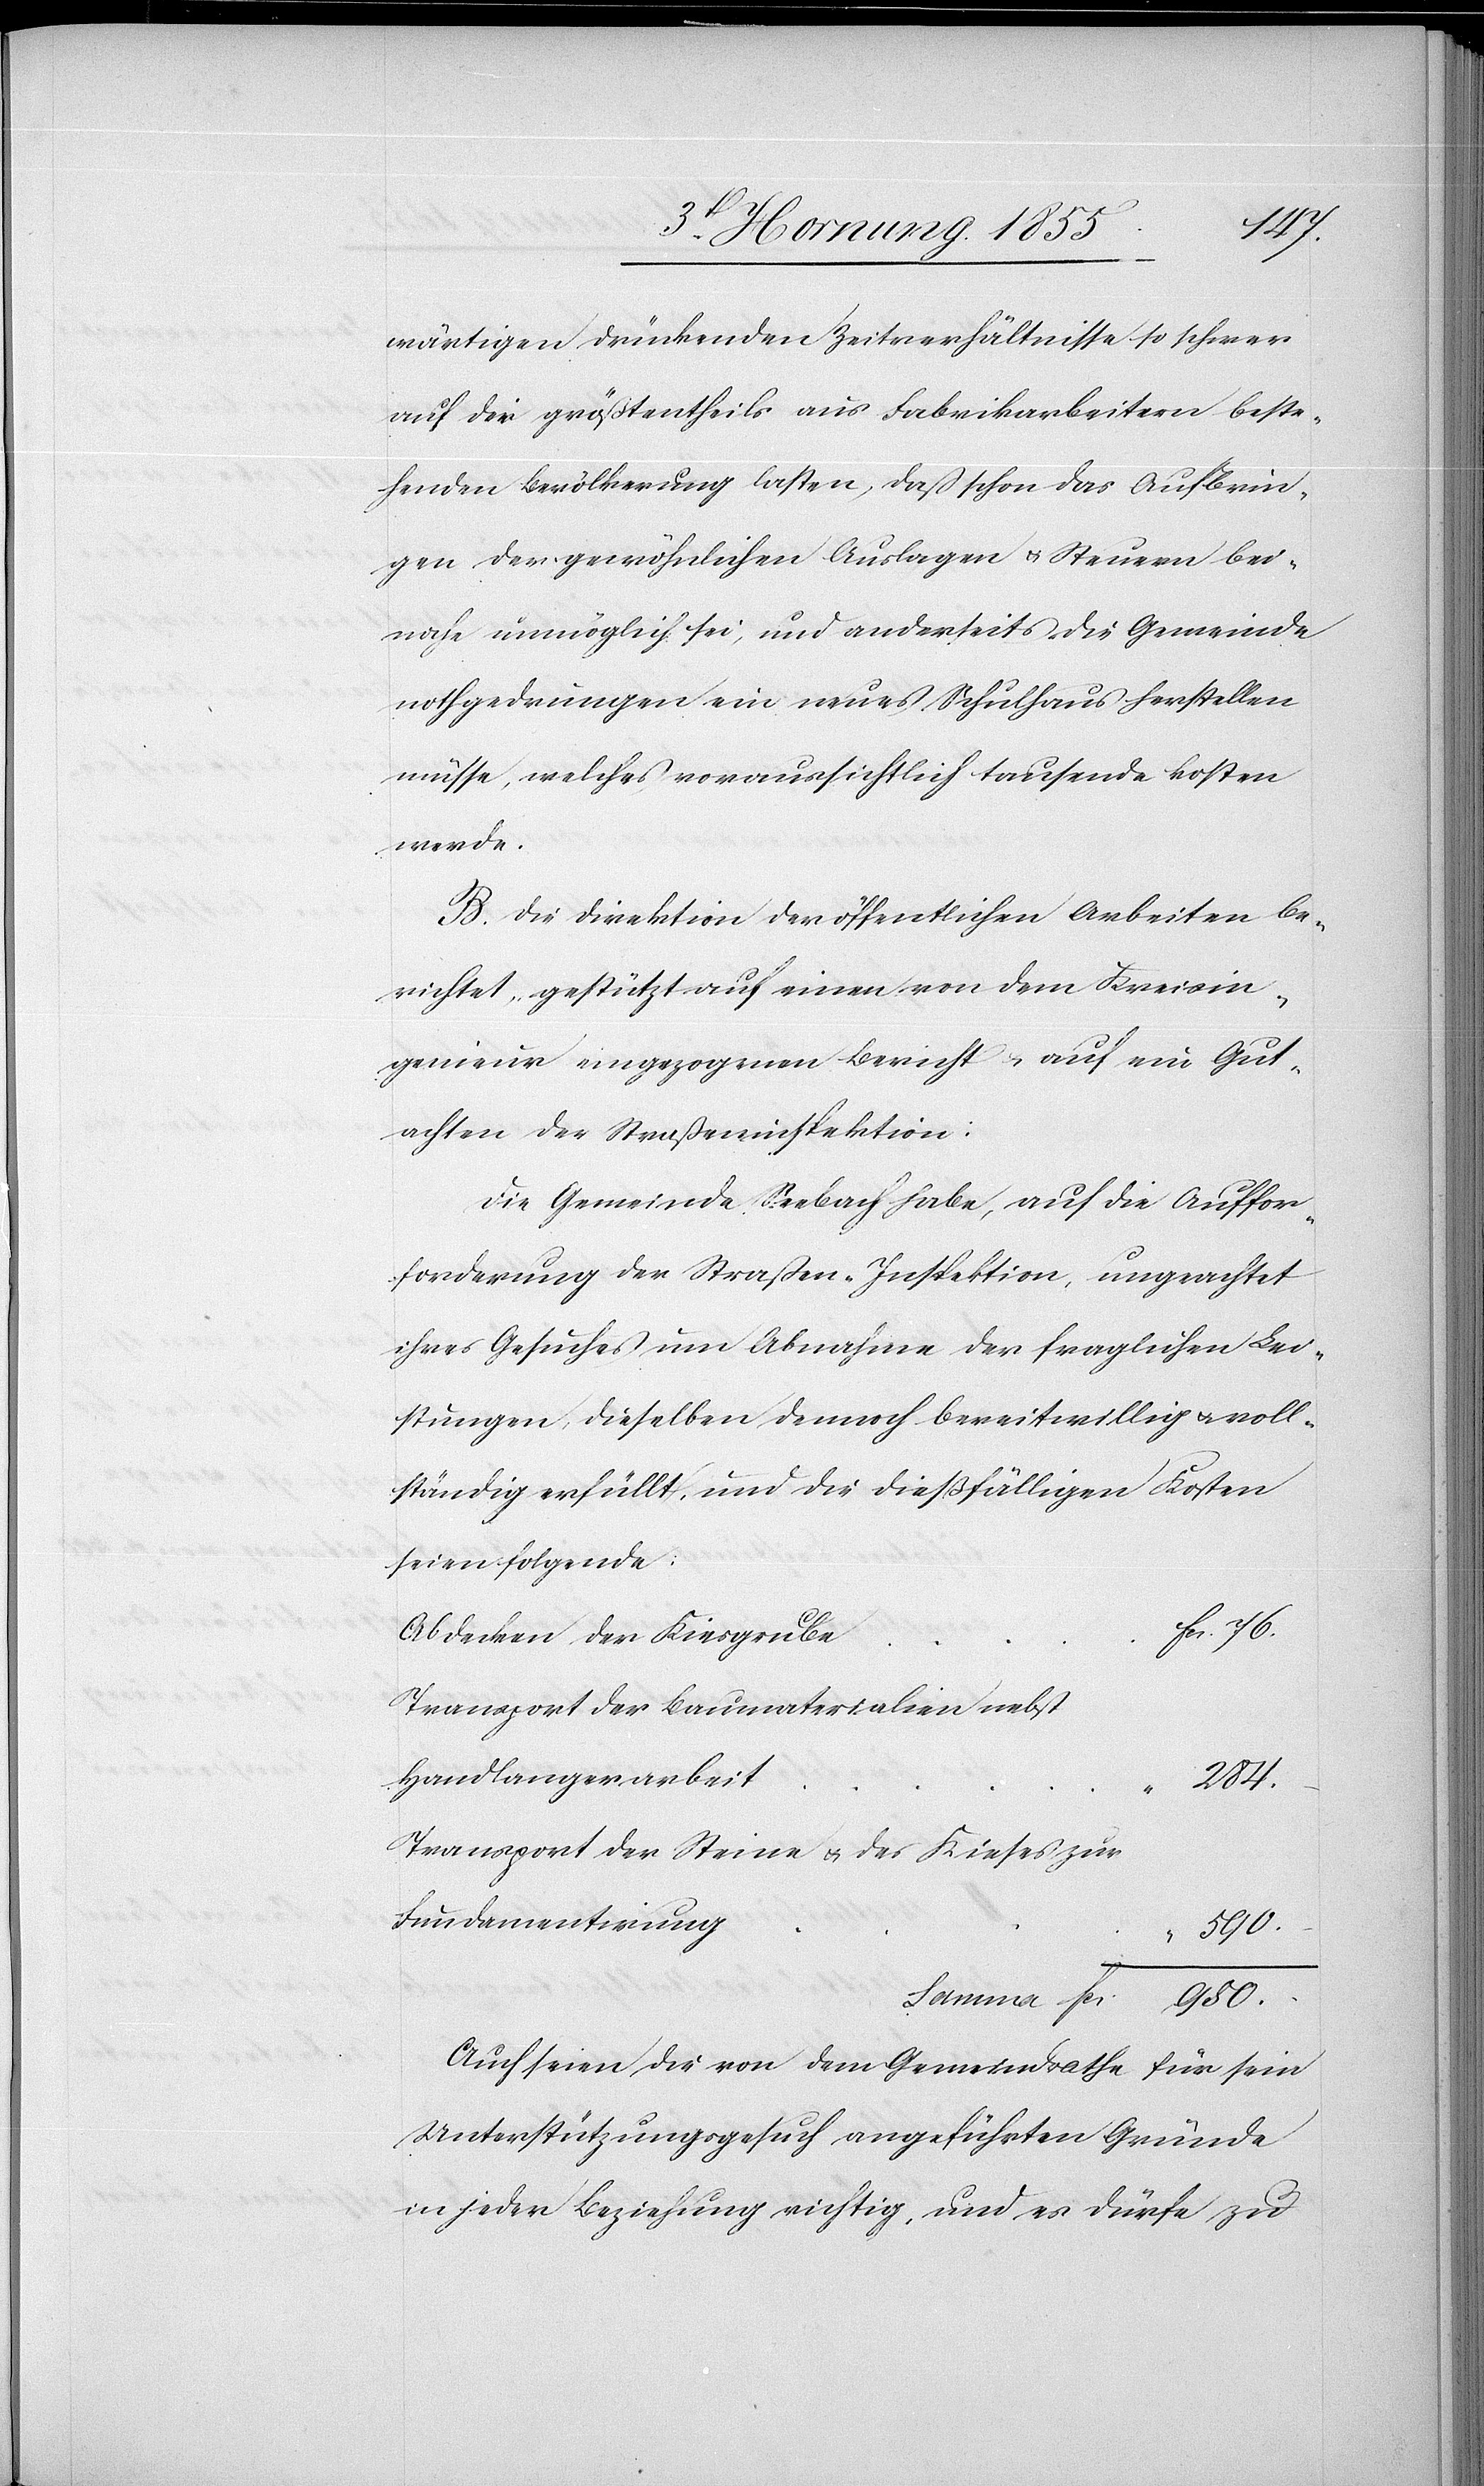
wärtigen drückenden Zeitverhältnisse so schwer
auf die größtentheils aus Fabrikarbeitern beste¬
henden Bevölkerung lasten, dass schon das Aufbrin¬
gen der gewöhnlichen Auslagen & Steuern bei¬
nahe unmöglich sei, und anderseits die Gemeinde
nothgedrungen ein neues Schulhaus herstellen
müsse, welches voraussichtlich tausende kosten
werde.
B. Die Direktion der öffentlichen Arbeiten be¬
richtet, gestützt auf einen von dem Kreisin¬
genieur eingezogenen Bericht & auf ein Gut¬
achten der Straßeninspektion:
Die Gemeinde Seebach habe, auf die Auffor¬
forderung [sic!] der Strassen-Inspektion, ungeachtet
ihres Gesuches um Abnahme der fraglichen Lei¬
stungen, dieselben dennoch bereitwillig & voll¬
ständig erfüllt, und die dießfälligen Kosten
seien folgende:
Fcs. 76.
Abdecken der Kiesgrube
Transport der Baumaterialien nebst
Handlangerarbeit
284.
Fundamentirung
Fcs.
950.
Auch seien die von dem Gemeindrathe für sein
Unterstützungsgesuch angeführten Gründe
in jeder Beziehung richtig, und es dürfe zu